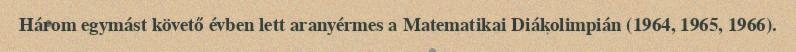
Három egymást követő évben lett aranyérmes a Matematikai Diákolimpián (1964, 1965, 1966).